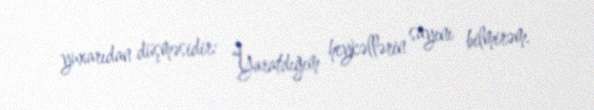
yuxarıdan düşməsidir: “Yaratdığım heykəllərin sayını bilmirəm.